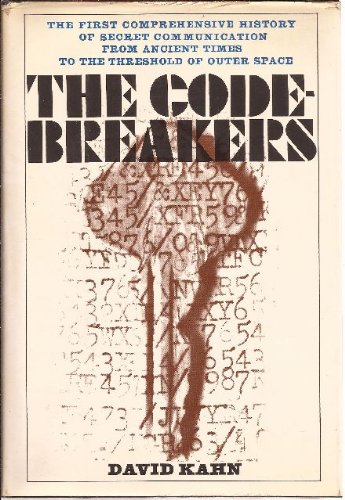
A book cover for The Codebreakers: The story of secret writing; David Kahn; Business & Money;